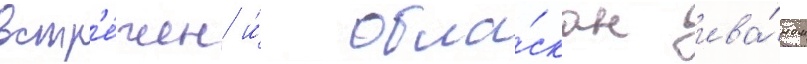
встр'е́чен и́ обла́скан ива́ном